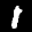
Label: 1